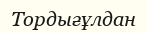
Тордығұлдан